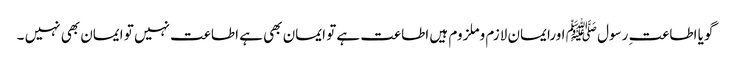
گویا اطاعتِ رسول ﷺ اورایمان لازم وملزوم ہیں اطاعت ہے تو ایمان بھی ہے اطاعت نہیں تو ایمان بھی نہیں ۔